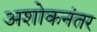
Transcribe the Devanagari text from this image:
अशोकनंतर